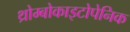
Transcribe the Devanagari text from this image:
थ्रोम्बोकाइटोपेनिक